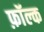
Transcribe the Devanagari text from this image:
फ़ॉल्क